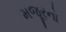
મજૂરનો